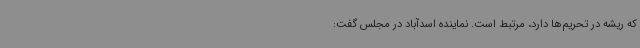
که ریشه در تحریم‌ها دارد، مرتبط است. نماینده اسدآباد در مجلس گفت: